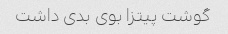
گوشت پیتزا بوی بدی داشت